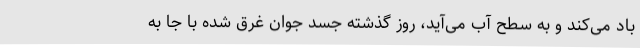
باد می‌کند و به سطح آب می‌آید، روز گذشته جسد جوان غرق شده با جا به‌